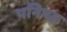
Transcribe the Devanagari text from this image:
पनिपत